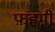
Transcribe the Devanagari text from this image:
फ़हमी